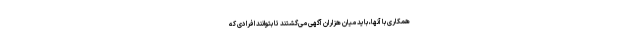
همکاری با آنها، باید میان هزاران آگهی می‌گشتند تا بتوانند افرادی که